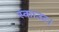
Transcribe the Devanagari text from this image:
स्काउट।